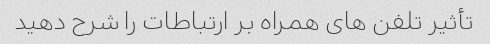
تأثیر تلفن های همراه بر ارتباطات را شرح دهید